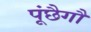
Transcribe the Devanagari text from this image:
पूंछैगौ